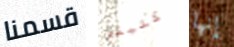
قسمنا كثيفة إنها